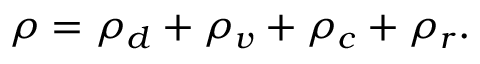
\rho = \rho _ { d } + \rho _ { v } + \rho _ { c } + \rho _ { r } .